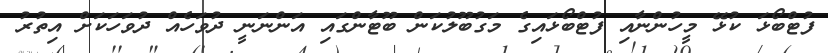
ފުޓްބޯޅަ ކުޅޭ މީހުންނާއި ފުޓްބޯޅައިގެ މަގުބޫލުކަން ބޫޓާންގައި އަންނަނީ ދުވަހެއް ދުވަހަކަށް އިތުރު